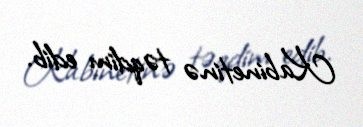
Kabinetinə təqdim edib.